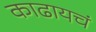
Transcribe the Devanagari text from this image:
काढायचं